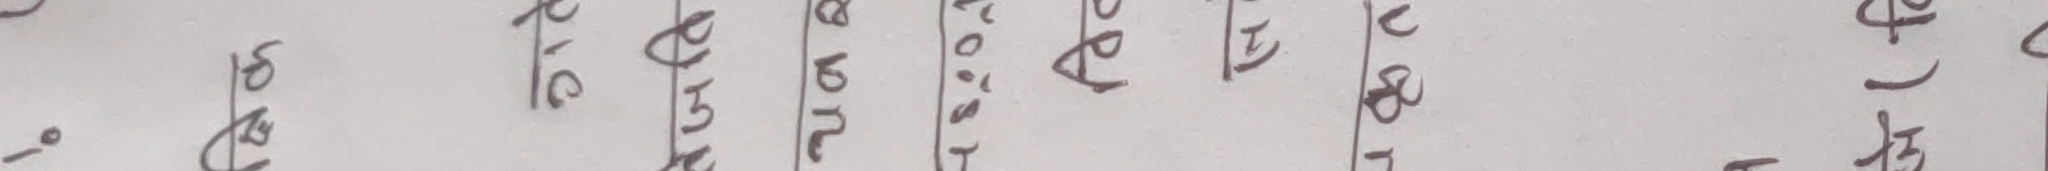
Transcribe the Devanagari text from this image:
१८
धाई
अनुमोदन
तोकिए
ठहरियो